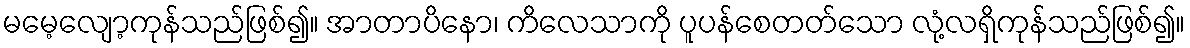
မမေ့လျော့ကုန်သည်ဖြစ်၍။ အာတာပိနော၊ ကိလေသာကို ပူပန်စေတတ်သော လုံ့လရှိကုန်သည်ဖြစ်၍။